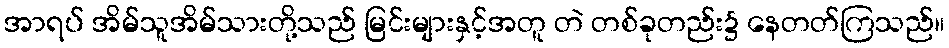
အာရပ် အိမ်သူအိမ်သားတို့သည် မြင်းများနှင့်အတူ တဲ တစ်ခုတည်း၌ နေတတ်ကြသည်။